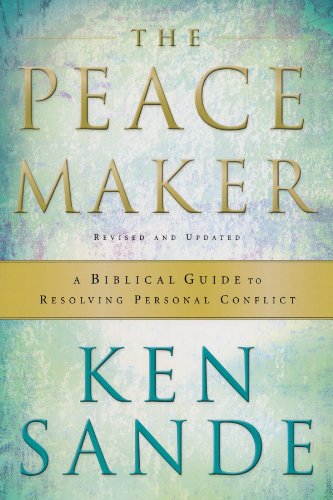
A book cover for The Peacemaker: A Biblical Guide to Resolving Personal Conflict; Ken Sande; Christian Books & Bibles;